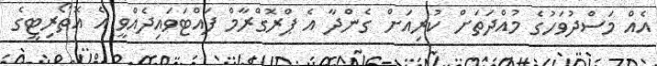
އެއް މަސްދުވަހުގެ މުއްދަތަށް ކުރިއަށް ގެންދާ އެ ޕްރޮގްރާމް ފައްޓަވައިދެއްވީ އެ އޮތޯރިޓީގެ